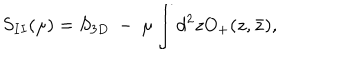
S _ { I I } ( \mu ) = S _ { 3 D } ~ - ~ \mu \int d ^ { 2 } z O _ { + } ( z , \bar { z } ) ,